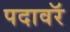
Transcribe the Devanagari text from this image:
पदावरॅ